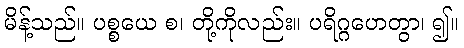
မိန့်သည်။ ပစ္စယေ စ၊ တို့ကိုလည်း။ ပရိဂ္ဂဟေတွာ၊ ၍။